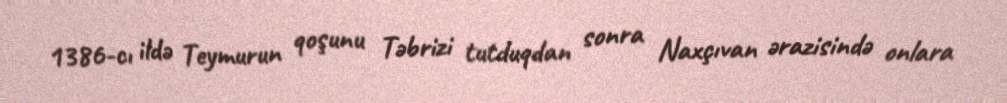
1386-cı ildə Teymurun qoşunu Təbrizi tutduqdan sonra Naxçıvan ərazisində onlara